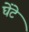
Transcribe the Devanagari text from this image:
घेंटे